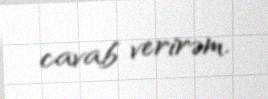
cavab verirəm.